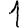
Digit: 1